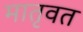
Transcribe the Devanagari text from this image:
मातृवत